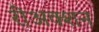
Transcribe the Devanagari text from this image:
रीअक्शन